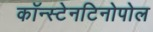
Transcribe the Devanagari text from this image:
कॉन्स्टेनटिनोपोल